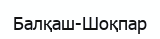
Балқаш-Шоқпар